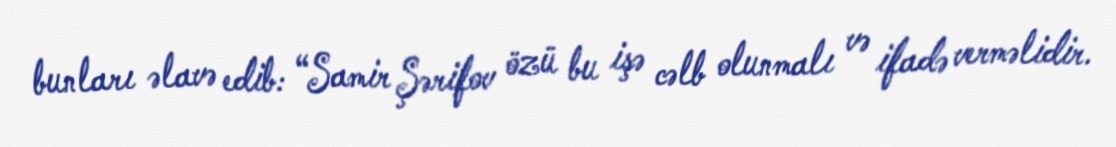
bunları əlavə edib: “Samir Şərifov özü bu işə cəlb olunmalı və ifadə verməlidir.